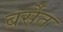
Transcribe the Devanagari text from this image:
बर्सेत